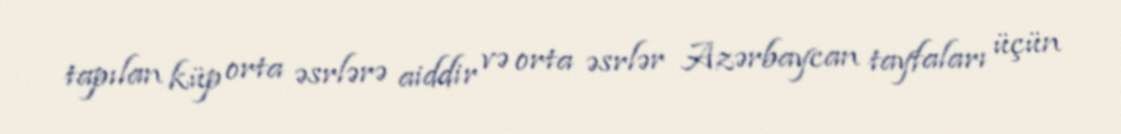
tapılan küp orta əsrlərə aiddir və orta əsrlər Azərbaycan tayfaları üçün